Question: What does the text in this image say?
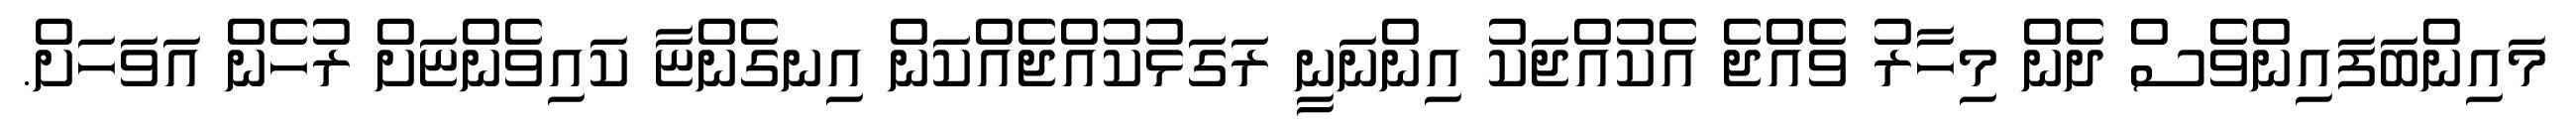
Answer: މައިންބަފައިންވެސް ދެން މިހާރު ވެއްޖެ އެކުއްޖަކު އިންނަނީ ރަގަޅުކުއްޖެއްކަން އިނގެންޏާ ކައިވެންޏަށް ރުހެން އަވަހަށް.